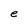
Character: e